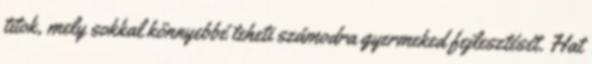
titok, mely sokkal könnyeb­bé teheti számodra gyer­meked fejlesztését. Hat